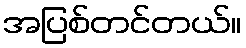
အပြစ်တင်တယ်။